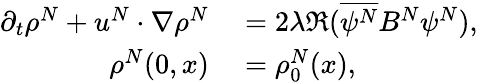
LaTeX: \begin{array}{rl}{\partial_{t}\rho^{N}+u^{N}\cdot\nabla\rho^{N}}&{{}=2\lambda\Re(\overline{{\psi^{N}}}B^{N}\psi^{N}),}\\ {\rho^{N}(0,x)}&{{}=\rho_{0}^{N}(x),}\end{array}